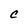
Character: C